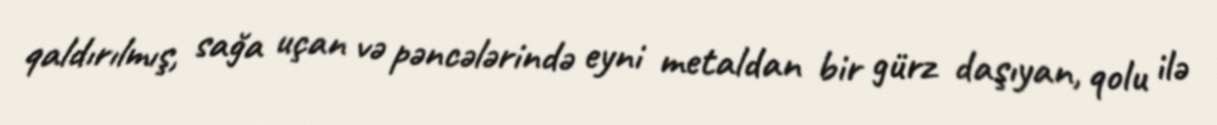
qaldırılmış, sağa uçan və pəncələrində eyni metaldan bir gürz daşıyan, qolu ilə